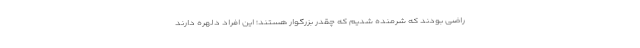
راضی بودند که شرمنده شدیم که چقدر بزرگوار هستند؛ این افراد دلهره دارند